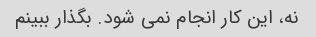
نه، این کار انجام نمی شود. بگذار ببینم